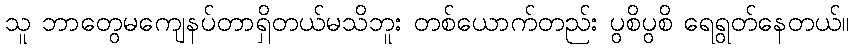
သူ ဘာတွေမကျေနပ်တာရှိတယ်မသိဘူး တစ်ယောက်တည်း ပွစိပွစိ ရေရွတ်နေတယ်။